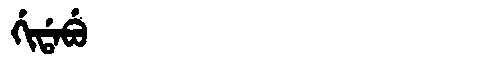
Manchu: ᡤᡳᡩᠠᠪᡠ
Romanization: GIDABU